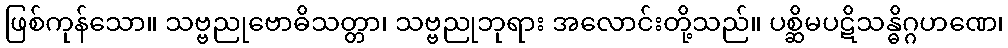
ဖြစ်ကုန်သော။ သဗ္ဗညုဗောဓိသတ္တာ၊ သဗ္ဗညုဘုရား အလောင်းတို့သည်။ ပစ္ဆိမပဋိသန္ဓိဂ္ဂဟဏေ၊